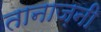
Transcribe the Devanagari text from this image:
तानाज़नी